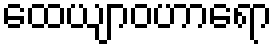
ထေယျာဝဟာရော